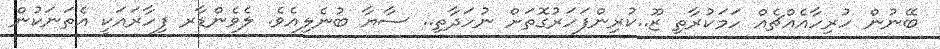
ބޭނުން ހުރިހާއެއްޗެއް ހަމަކުރާތި ޒޫ..ކުރިންފަހަރުގޮތަށް ނުހަދާތި.. ސާޔާ ބުނެލިއެވެ. ލެވެންޑާރ ފިހާރައަކީ އެތަނަކުން